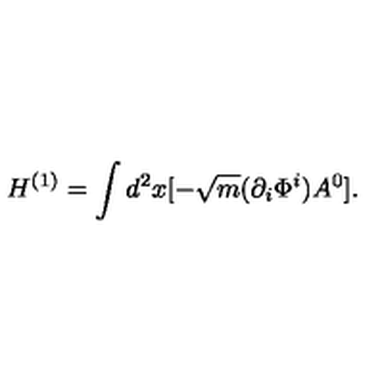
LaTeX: H ^ { ( 1 ) } = \int d ^ { 2 } x [ - \sqrt { m } ( \partial _ { i } \Phi ^ { i } ) A ^ { 0 } ] .